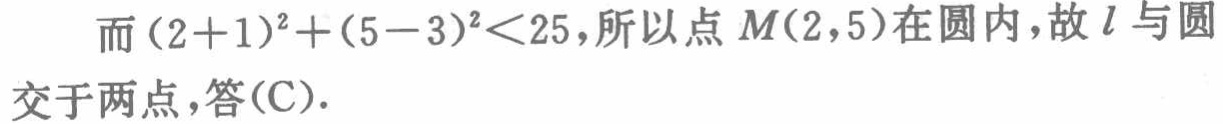
而\((2 + 1)^2 + (5 - 3)^2<25\)，所以点\(M(2,5)\)在圆内，故\(l\)与圆交于两点，答\((\mathrm{C})\).